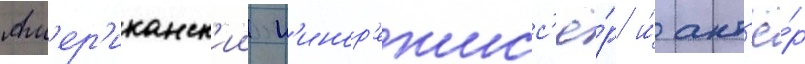
Ам'ер'иканск'ии к'инор'ежисс'ё́р и́ акт'ё́р